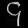
Digit: ၄